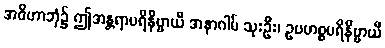
အဝိဟာဘုံ၌ ဤအန္တရာပရိနိဗ္ဗာယီ အနာဂါမ် သုးဦး၊ ဥပဟစ္စပရိနိဗ္ဗာယီ